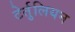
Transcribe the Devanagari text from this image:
टेर्तुलियन